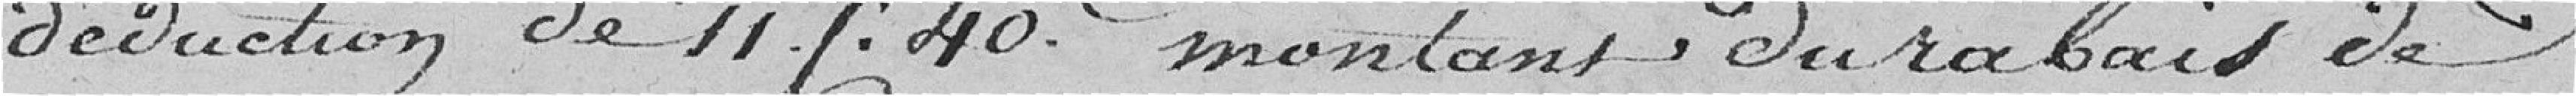
déduction de 11 f.40° montant du rabais de